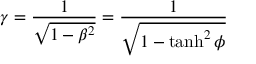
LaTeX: \gamma = { \frac { 1 } { \sqrt { 1 - \beta ^ { 2 } } } } = { \frac { 1 } { \sqrt { 1 - \operatorname { t a n h } ^ { 2 } \phi } } }